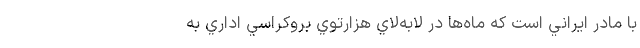
با مادر ايراني است كه ماه‌ها در لابه‌لاي هزارتوي بروكراسي اداري به